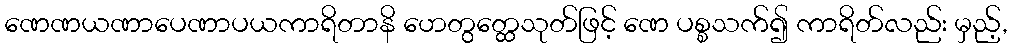
ဏေဏယဏာပေဏာပယကာရိတာနိ ဟေတွတ္ထေသုတ်ဖြင့် ဏေ ပစ္စသက်၍ ကာရိတ်လည်း မှည့်,